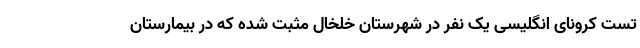
تست کرونای انگلیسی یک نفر در شهرستان خلخال مثبت شده که در بیمارستان